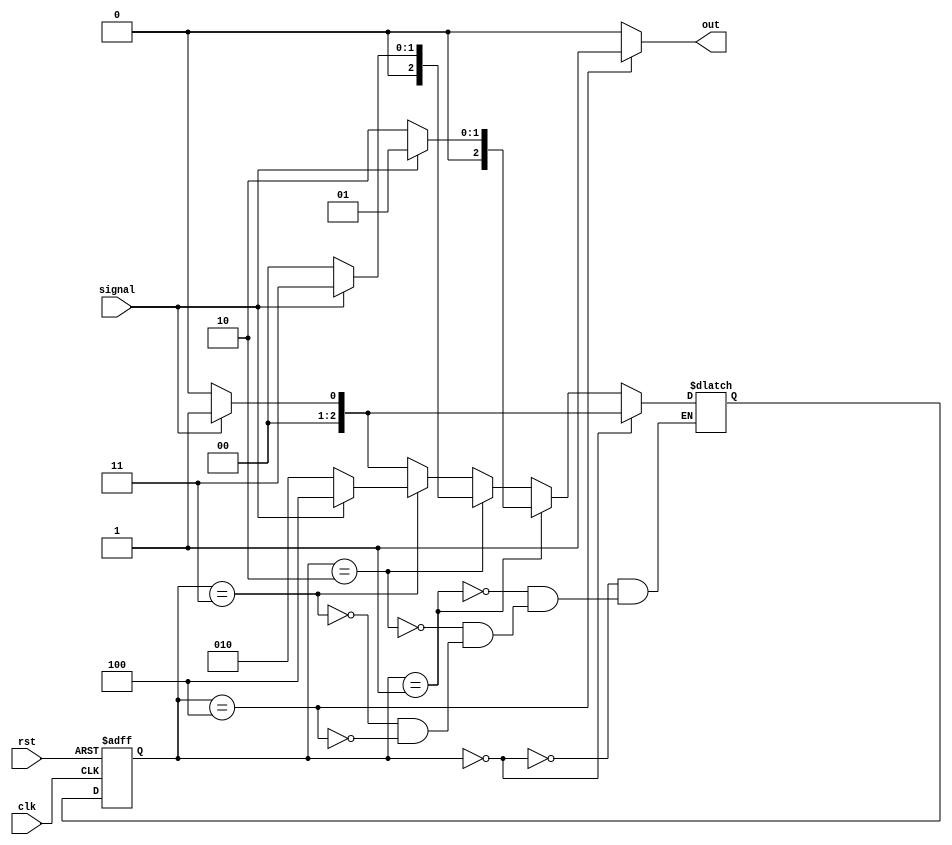
module cd_1011(clk,signal,out,rst);
  input clk,rst,signal;
  output out;
  parameter s0=3'b000,s1=3'b001,s2=3'b010,s3=3'b011,s4=3'b100;
  reg [2:0]ps,ns;
  always@(posedge clk,negedge rst) //clk reset condition 
    begin
      if(!rst)
        ps<=s0;
       else
        ps<=ns;      
    end
  //chanege in state 
  always@(ps,signal)
    begin
      if(ps==s0)
        ns<=(signal==1)?s1:s0;
      else if(ps==s1)
        ns<=(signal==0)?s2:s1;
      else if(ps==s2)
        ns<=(signal==1)?s3:s0;
      else if(ps==s3)
        ns<=(signal==1)?s4:s2;
      else if(ps==s4)
        ns<=(signal==1)?s1:s0;
    end
  //output logic
  assign out=(ps==s4)?1:0;
endmodule